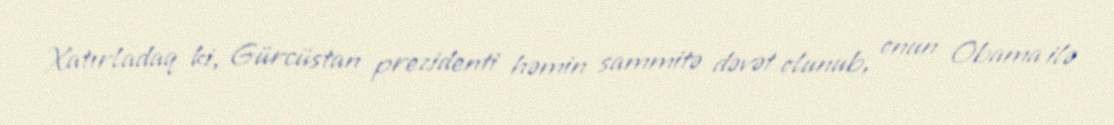
Xatırladaq ki, Gürcüstan prezidenti həmin sammitə dəvət olunub, onun Obama ilə